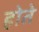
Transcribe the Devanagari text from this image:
होते